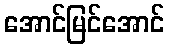
အောင်မြင်အောင်